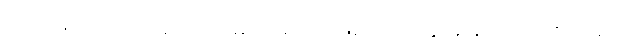
သာသနာ ၂၄၀၀ ပြည့်အထိမ်းအမှတ်အဖြစ် မင်းတုန်းမင်း တည်ထောင်ခဲ့တဲ့